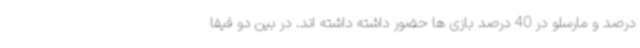
درصد و مارسلو در 40 درصد بازی ها حضور داشته داشته اند. در بین دو فیفا